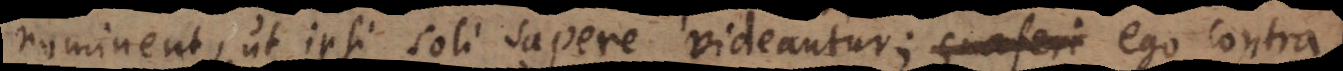
nominent, ut ipsi soli sapere videantur, ego contra